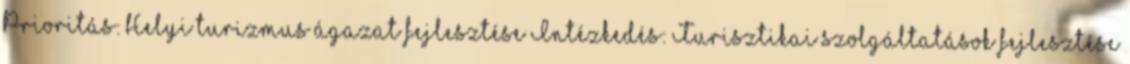
Prioritás: Helyi turizmus ágazat fejlesztése Intézkedés: Turisztikai szolgáltatások fejlesztése